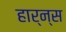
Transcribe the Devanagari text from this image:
हार्न्स